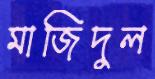
মাজিদুল